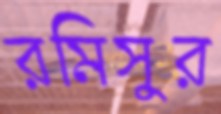
রমিসুর